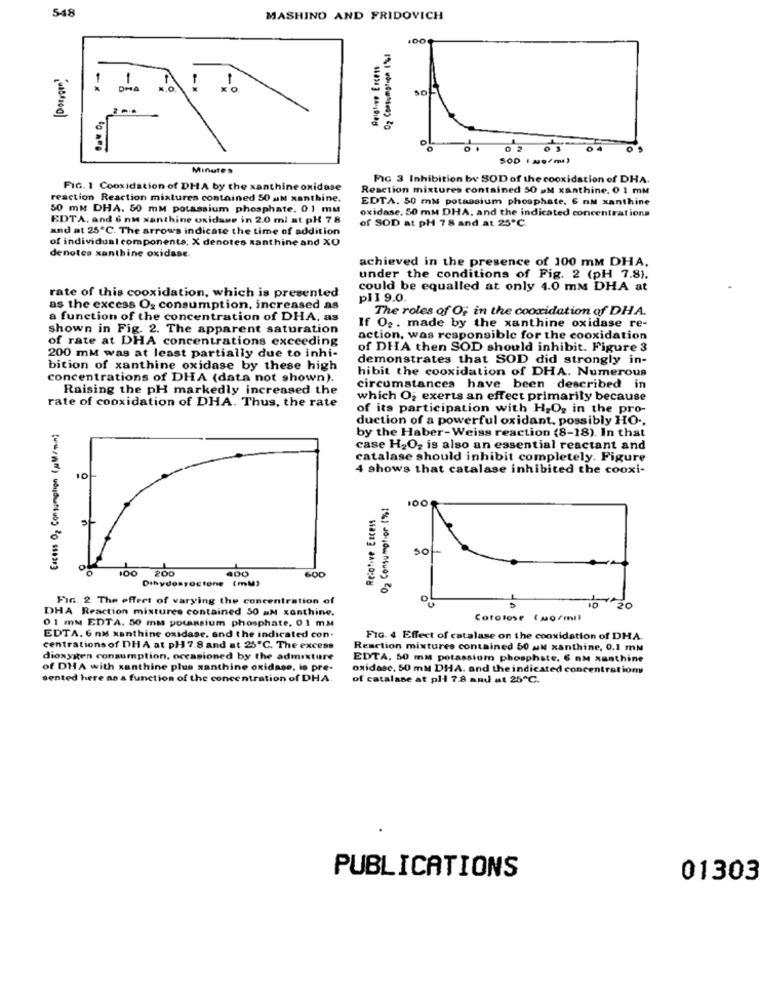
548
MASHINO AND FRIDOVICH
100
Relative Excess
1
-
-
0
0 2
0
Minute's
FIG 3 Inhibition by SOD of the cooxidation of DHA.
FIG. 1 Cooxidation of DHA by the xanthine oxidase
Reaction mixtures contained 50 M xanthine. 0 1 mm
reaction Reaction mixtures contained 50 M xanthine.
EDTA. 50 ml potassium phosphate. 6 nM xanthine
50 mm DHA. 50 mM potassium phosphate. 01 mm
oxidase. 50 mm DHA, and the indicated concentrations
EDTA, and 6 nm xanthine oxidase in 2.0 ml at pl 78
of SOD at pH 78 and at 25℃.
and at 25℃. The arrows indicate the time of addition
of individual components; X denotes xanthine and XO
denotes xanthine oxidase.
achieved in the presence of 100 mM DHA.
under the conditions of Fig. 2 (pH 7.8).
could be equalled at only 4.0 mm DHA at
rate of this cooxidation, which is presented
pl 19.0.
as the excess O2 consumption, increased as
The roles of O" in the cooxidation of DHA.
a function of the concentration of DHA, as
shown in Fig. 2. The apparent saturation
If 02 . made by the xanthine oxidase re-
of rate at DHA concentrations exceeding
action, was responsible for the cooxidation
of DHA then SOD should inhibit. Figure 3
200 mM was at least partially due to inhi-
demonstrates that SOD did strongly in-
bition of xanthine oxidase by these high
hibit the cooxidation of DHA. Numerous
concentrations of DHA (data not shown).
Raising the pH markedly increased the
circumstances have been described in
rate of cooxidation of DHA. Thus, the rate
which O; exerts an effect primarily because
of its participation with H2O2 in the pro-
duction of a powerful oxidant, possibly HO ..
by the Haber-Weiss reaction (8-18). In that
case H2O2 is also an essential reactant and
catalase should inhibit completely. Figure
4 shows that catalase inhibited the cooxi-
10
Recofive Excess
100
50
100 200
400
600
Dihydosyoctone (mM)
FIG. 2 The effect of varying the concentration of
DHA Reaction mixtures contained 50 aM xanthine.
20
0 1 mm EDTA. 50 mm potassium phosphate, 01 mm
Corolose (uo/mil
EDTA. 6 nM xanthine oxidase, and the indicated con
FIG. 4 Effect of catalase on the cooxidation of DHA.
centrations of DHA at pH 7.8 and at 25℃. The excess
Reaction mixtures contained 50 MM xanthine, 0.1 mm
dioxygen consumption, occasioned by the admixture
EDTA, 50 ma potassium phosphate. 6 nM xanthine
of DHA with xanthine plus xanthine oxidase, io pre-
oxidase, 50 mM DHA. and the indicated concentration
sented here as a function of the concentration of DHA
of catalase at pli 7.8 and #t 25℃.
PUBLICATIONS
01303